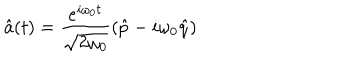
LaTeX: \hat { a } ( t ) = \frac { { e } ^ { i \omega _ { 0 } t } } { \sqrt { 2 \omega _ { 0 } } } \left( \hat { p } - i \omega _ { 0 } \hat { q } \right)